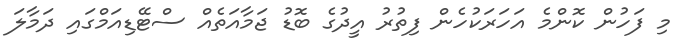
މި ފަހުން ކޮންމެ އަހަރަކުހެން ފިތުރު އީދުގެ ބޮޑު ޖަމާއަތެއް ސްޓޭޑިއަމްގައި ދަމާލަ